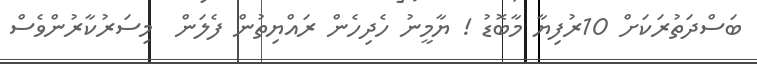
ބަސްދަތުރަކަށް 10ރުފިޔާ މާބޮޑު ! ޔާމީނު ހެދިހެން ރައްޔިތުން ފެލަން  މިސަރުކާރުންވެސް